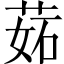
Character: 𦲼